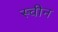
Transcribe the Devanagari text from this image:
स्चीन